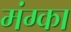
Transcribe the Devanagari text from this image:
मंग्का